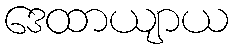
ဒေထာယျာယ